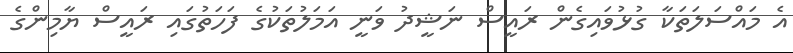
އެ މައްސަލަތަކާ ގުޅުވައިގެން ރައީސް ނަޝީދު ވަނީ އަމަލުތަކުގެ ފަހަތުގައި ރައީސް ޔާމިންގެ